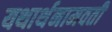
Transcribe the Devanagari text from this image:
यथार्थनामवती